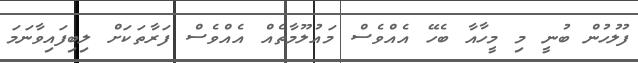
ފުލުހުން ބުނީ މި މީހާއާ ބެހޭ އެއްވެސް މައުލޫމާތެއް އެއްވެސް ފަރާތަކަށް ލިބިފައިވާނަމަ